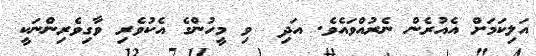
އަލިކަމަށް އެއުރެން ނެރުއްވައެވެ. އަދި  ވި މީހުންގެ އެކުވެރި ވާގިވެރިންނަކީ